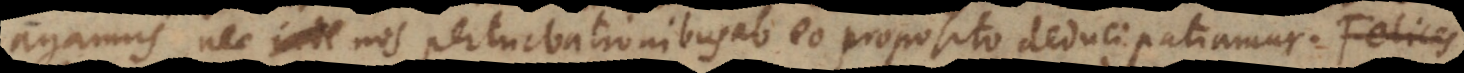
agamus nec nos perturbationibus ab eo proposito deduci patiamur. Felic